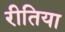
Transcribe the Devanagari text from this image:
रीतिया